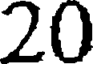
20